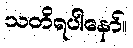
သတိရပါနော်။